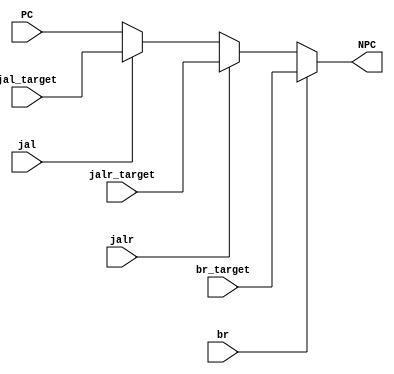
`timescale 1ns / 1ps
//////////////////////////////////////////////////////////////////////////////////
// Company: USTC ESLAB
// 
// Design Name: RV32I Core
// Module Name: NPC Generator
// Tool Versions: Vivado 2017.4.1
// Description: RV32I Next PC Generator
// 
//////////////////////////////////////////////////////////////////////////////////


//  
    //  
    //  debugsimulation
// 
    // PC                PC + 4, PC
    // jal_target        jal
    // jalr_target       jalr
    // br_target         br
    // jal               jal == 1jal
    // jalr              jalr == 1jalr
    // br                br == 1br
// 
    // NPC               
//   
    // NPC_Generator

module NPC_Generator(
    input wire [31:0] PC, jal_target, jalr_target, br_target,
    input wire jal, jalr, br,
    output reg [31:0] NPC
    );
    // finish, priority is considered.
    // TODO: Complete this module
    always @ (*)
    begin
        if (br == 1)
        begin
            NPC = br_target;
        end
        else if (jalr == 1)
        begin
            NPC = jalr_target;
        end
        else if (jal == 1)
        begin
            NPC = jal_target;
        end
        else 
        begin
            NPC = PC;
        end
    end
endmodule